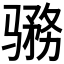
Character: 𱅨